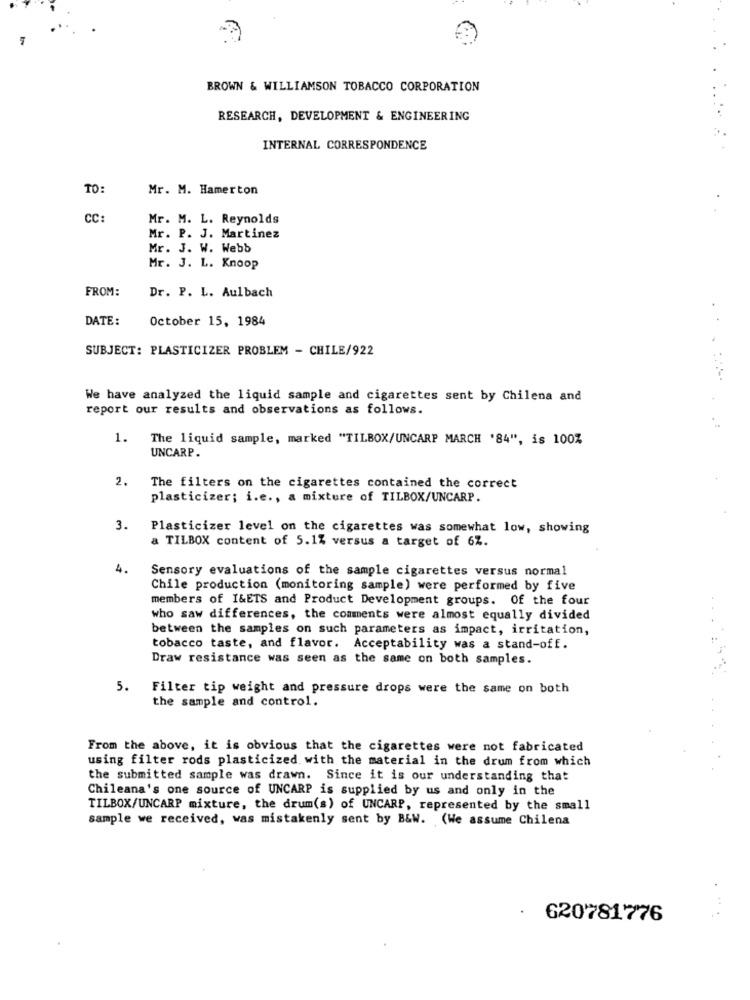
BROWN & WILLIAMSON TOBACCO CORPORATION
RESEARCH, DEVELOPMENT & ENGINEERING
INTERNAL CORRESPONDENCE
TO:
Mr. M. Hamerton
CC:
Mr. M. L. Reynolds
Mr. P. J. Martinez
Mr. J. W. Webb
Mr. J. L. Knoop
FROM:
Dr. P. L. Aulbach
DATE:
October 15, 1984
SUBJECT: PLASTICIZER PROBLEM - CHILE/922
We have analyzed the liquid sample and cigarettes sent by Chilena and
report our results and observations as follows.
1.
The liquid sample, marked "TILBOX/UNCARP MARCH '84", is 100%
UNCARP.
2.
The filters on the cigarettes contained the correct
plasticizer; i.e ., a mixture of TILBOX/UNCARP.
3.
Plasticizer level on the cigarettes was somewhat low, showing
a TILBOX content of 5.1% versus a target of 6Z.
4.
Sensory evaluations of the sample cigarettes versus normal
Chile production (monitoring sample) were performed by five
members of I&ETS and Product Development groups. Of the four
who saw differences, the comments were almost equally divided
between the samples on such parameters as impact, irritation,
tobacco taste, and flavor. Acceptability was a stand-off.
Draw resistance was seen as the same on both samples.
5.
Filter tip weight and pressure drops were the same on both
the sample and control.
From the above, it is obvious that the cigarettes were not fabricated
using filter rods plasticized with the material in the drum from which
the submitted sample was drawn. Since it is our understanding that
Chileana's one source of UNCARP is supplied by us and only in the
TILBOX/UNCARP mixture, the drum(s) of UNCARP, represented by the small
sample we received, was mistakenly sent by B&W. (We assume Chilena
620781776